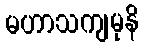
မဟာသကျမုနိ